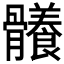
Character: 𩪴